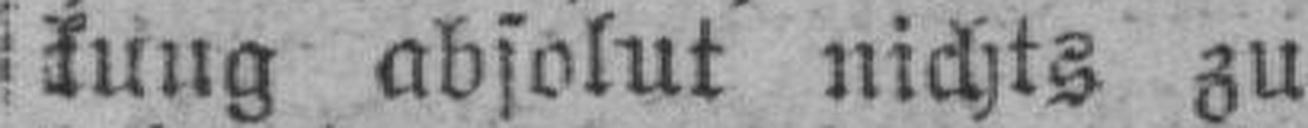
kung absolut nichts zu